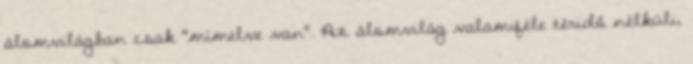
álomvilágban csak "mímelve van". Az álomvilág valamiféle téridő nélküli,